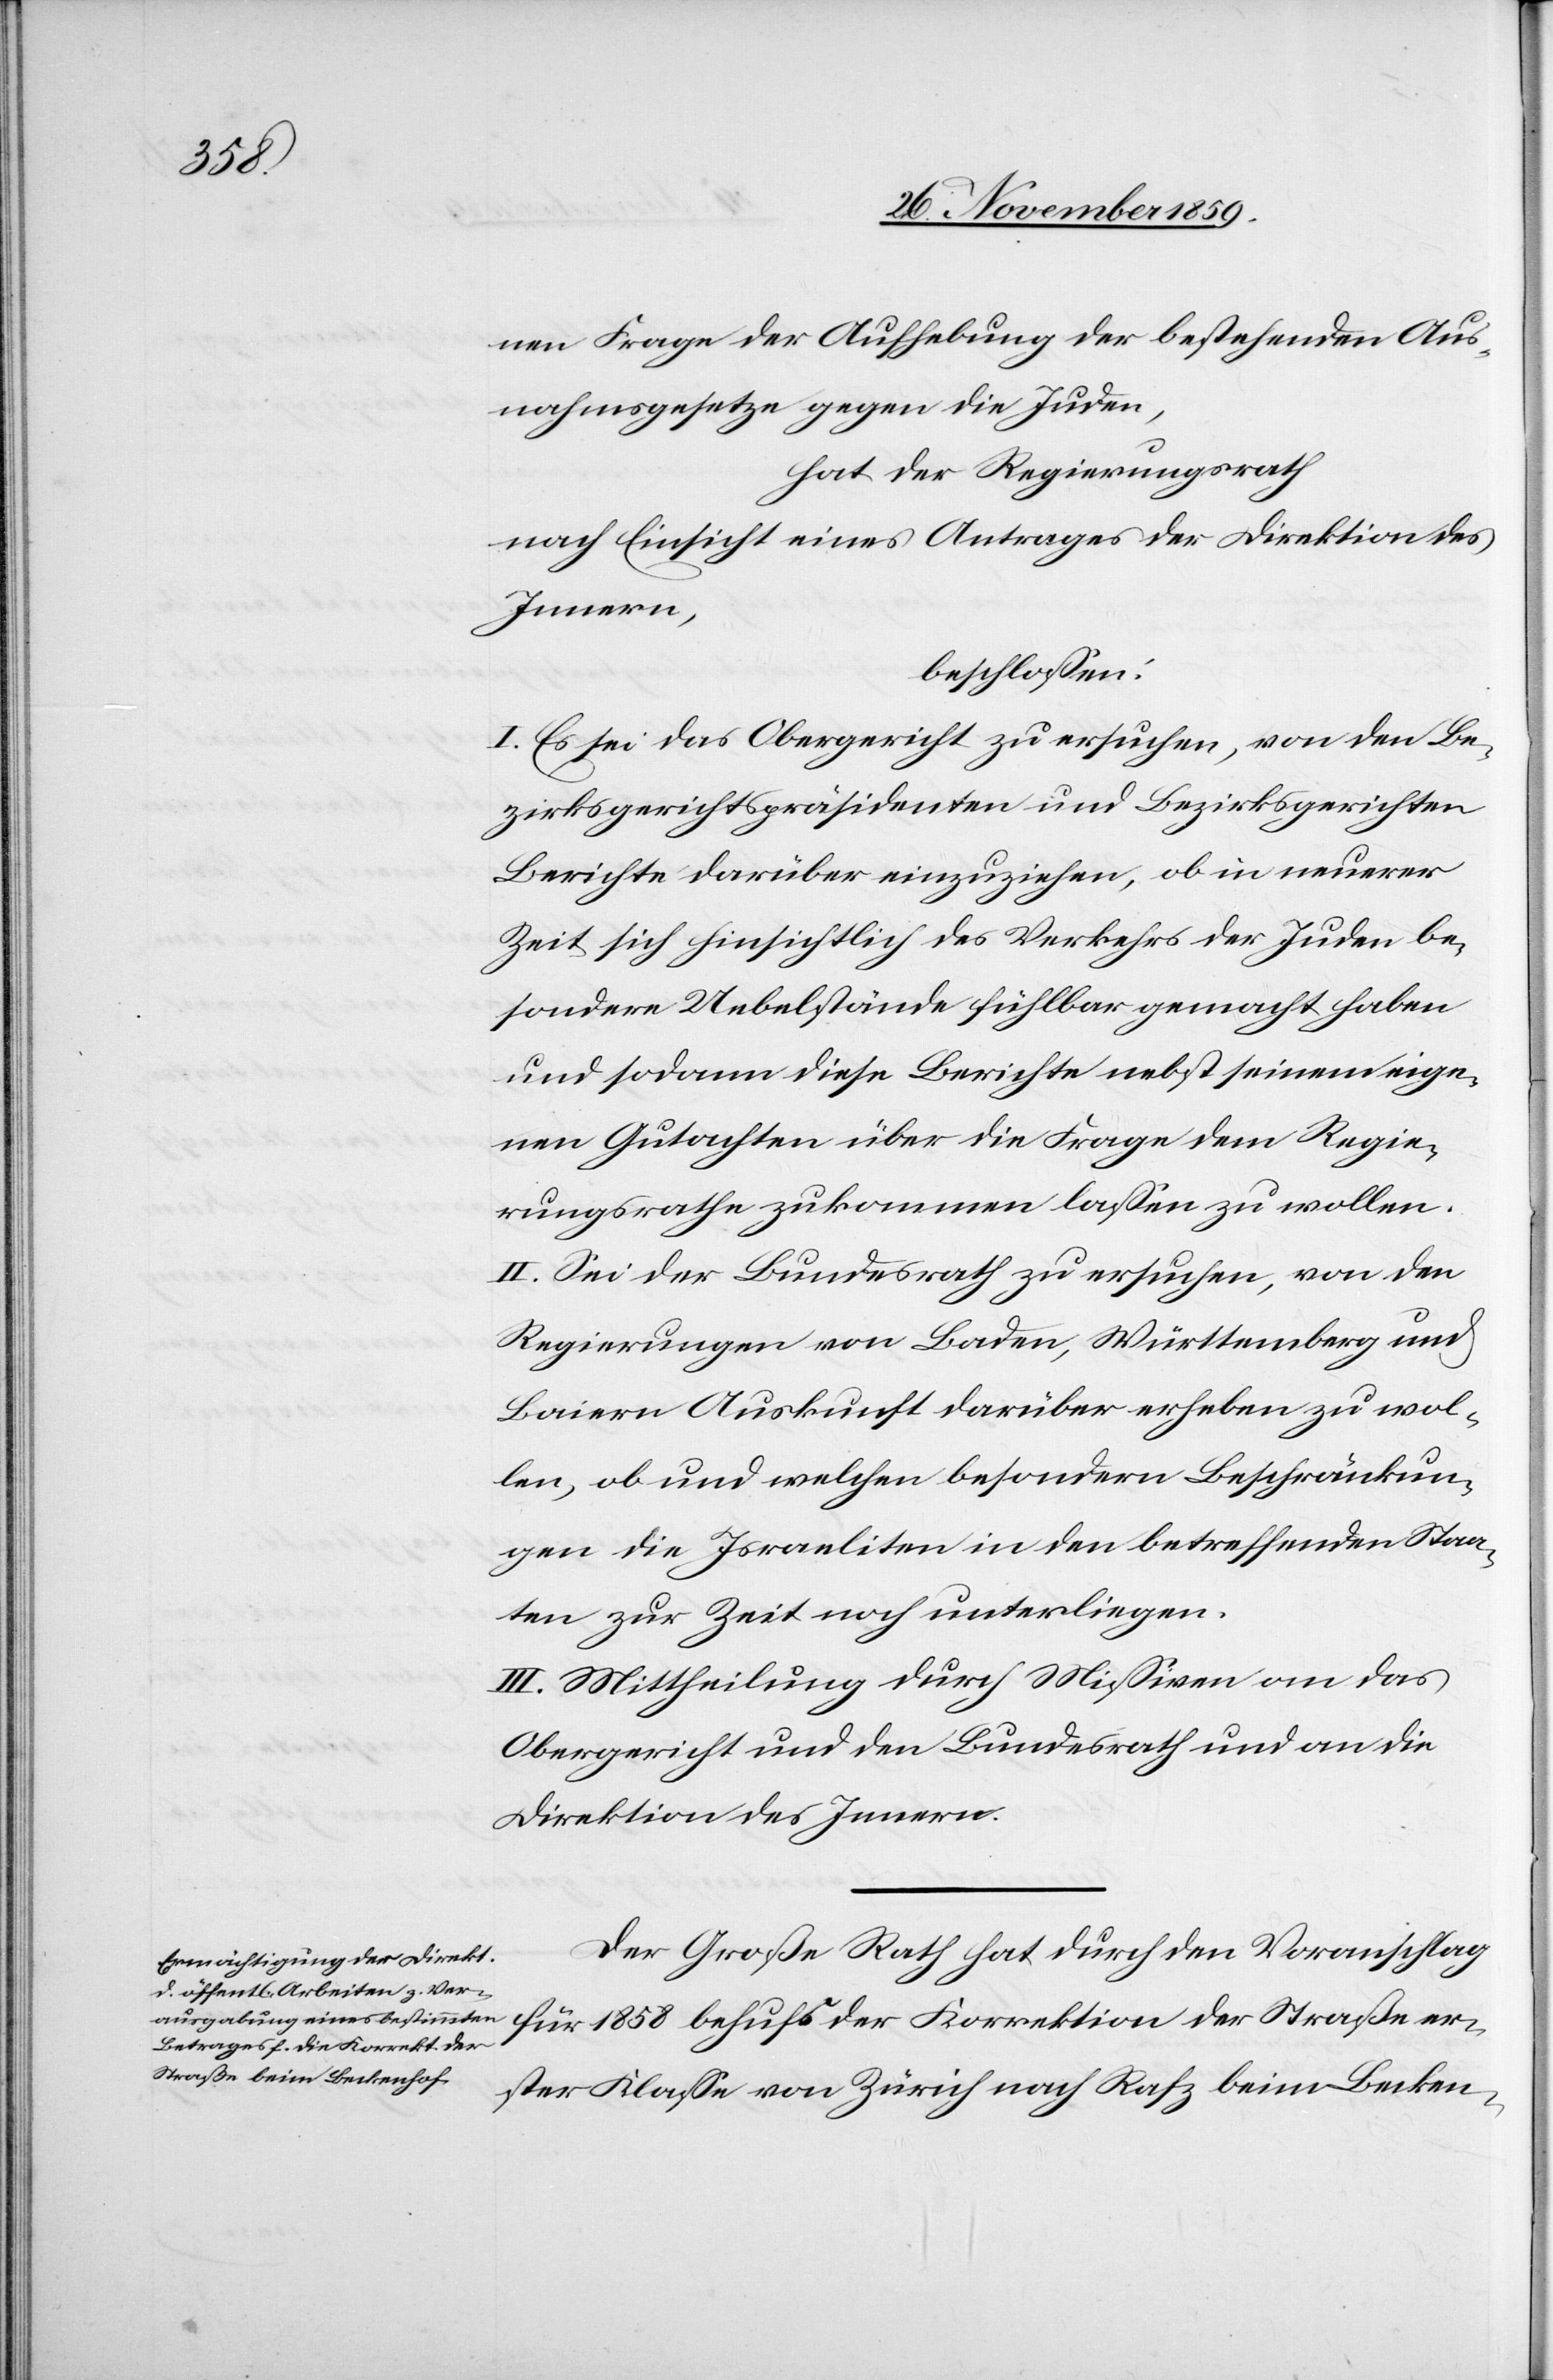
1858

nen Frage der Aufhebung der bestehenden Aus¬
nahmsgesetze gegen die Juden,
hat der Regierungsrath
nach Einsicht eines Antrages der Direktion des
Innern,
beschlossen:
I. Es sei das Obergericht zu ersuchen, von den Be¬
zirksgerichtspräsidenten und Bezirksgerichten
Berichte darüber einzuziehen, ob in neuerer
Zeit sich hinsichtlich des Verkehrs der Juden be¬
sondere Uebelstände fühlbar gemacht haben
und sodann diese Berichte nebst seinem eige¬
nen Gutachten über die Frage dem Regie¬
rungsrathe zukommen lassen zu wollen.
II. Sei der Bundesrath zu ersuchen, von den
Regierungen von Baden, Württemberg und
Baiern Auskunft darüber erheben zu wol¬
len, ob und welchen besondern Beschränkun¬
gen die Israeliten in den betreffenden Staa¬
ten zur Zeit noch unterliegen.
III. Mittheilung durch Missiven an das
Obergericht und den Bundesrath und an die
Direktion des Innern.
Der Große Rath hat durch den Voranschlag
erster Klasse von Zürich nach Rafz beim Becken-